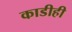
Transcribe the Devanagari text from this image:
काडीही